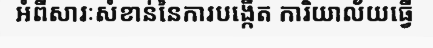
អំពីសារៈសំខាន់នៃការបង្កើត ការិយាល័យធ្វើ